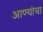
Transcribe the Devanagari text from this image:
आण्यांचा